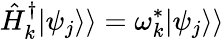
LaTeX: \hat{H}_{k}^{\dagger}|\psi_{j}\rangle\rangle=\omega_{k}^{*}|\psi_{j}\rangle\rangle